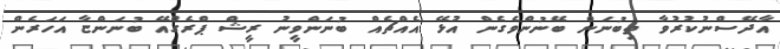
އާދޭސްނުކުރުވާ ތިބުނަން ބޭނުންވެގެން އުޅޭ އެއްޗެއް ބުނަންވީނު ރީޝް ޕްރެގްއޭ ބުނަންޏާ އަހަރެން